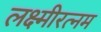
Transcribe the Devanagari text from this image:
लक्ष्मीरत्नम